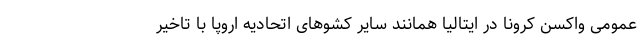
عمومی واکسن کرونا در ایتالیا همانند سایر کشوهای اتحادیه اروپا با تاخیر